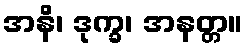
အနိ၊ ဒုက္ခ၊ အနတ္တ။